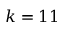
k = 1 1